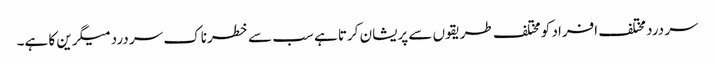
سر درد مختلف افراد کو مختلف طریقوں سے پریشان کرتا ہے سب سے خطرناک سر درد میگرین کا ہے۔